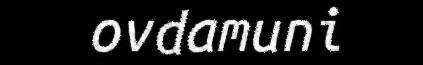
ovdamuni